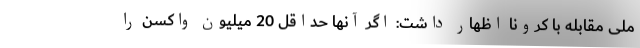
ملی مقابله با کرونا اظهار داشت: اگر آنها حداقل 20 میلیون واکسن را